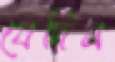
যেদিন